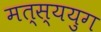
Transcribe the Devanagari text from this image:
मत्स्ययुग